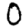
Digit: 0